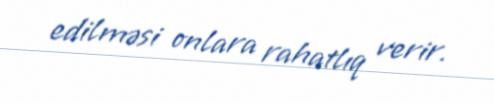
edilməsi onlara rahatlıq verir.